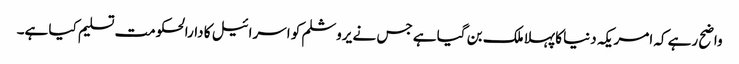
واضح رہے کہ امریکہ دنیا کا پہلا ملک بن گیا ہے جس نے یروشلم کو اسرائیل کا دارالحکومت تسلیم کیا ہے۔